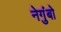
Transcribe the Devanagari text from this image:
नेगुंबो